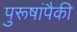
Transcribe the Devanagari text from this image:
पुरूषांपैकी